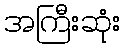
အကြီးဆုံး